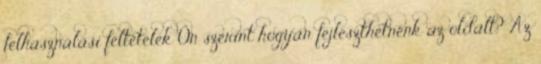
felhasználási feltételek Ön szerint hogyan fejleszthetnénk az oldalt? Az